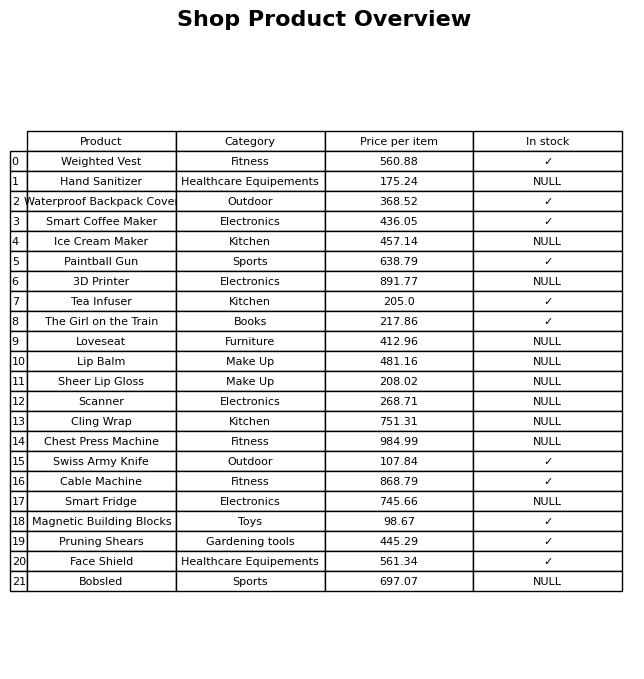
question: What is the stock status of the Smart Fridge?
answer: NULL